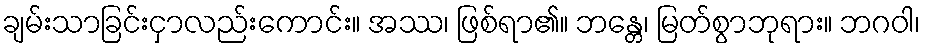
ချမ်းသာခြင်းငှာလည်းကောင်း။ အဿ၊ ဖြစ်ရာ၏။ ဘန္တေ၊ မြတ်စွာဘုရား။ ဘဂဝါ၊